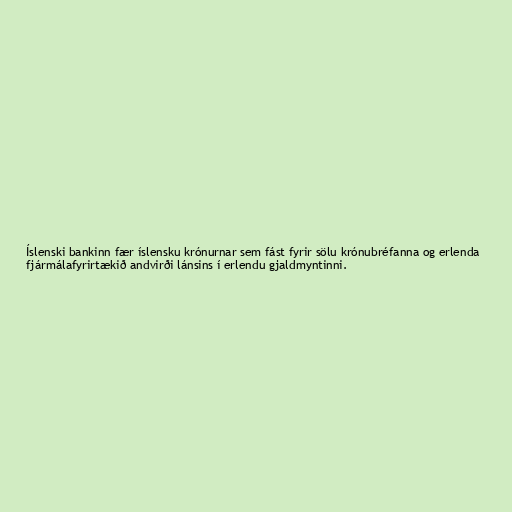
Íslenski bankinn fær íslensku krónurnar sem fást fyrir sölu krónubréfanna og erlenda
fjármálafyrirtækið andvirði lánsins í erlendu gjaldmyntinni.